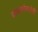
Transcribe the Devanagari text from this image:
वाचकांमध्येही